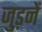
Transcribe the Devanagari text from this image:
जुड़नें